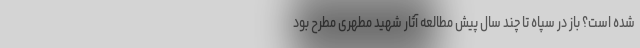
شده است؟ باز در سپاه تا چند سال پیش مطالعه آثار شهید مطهری مطرح بود